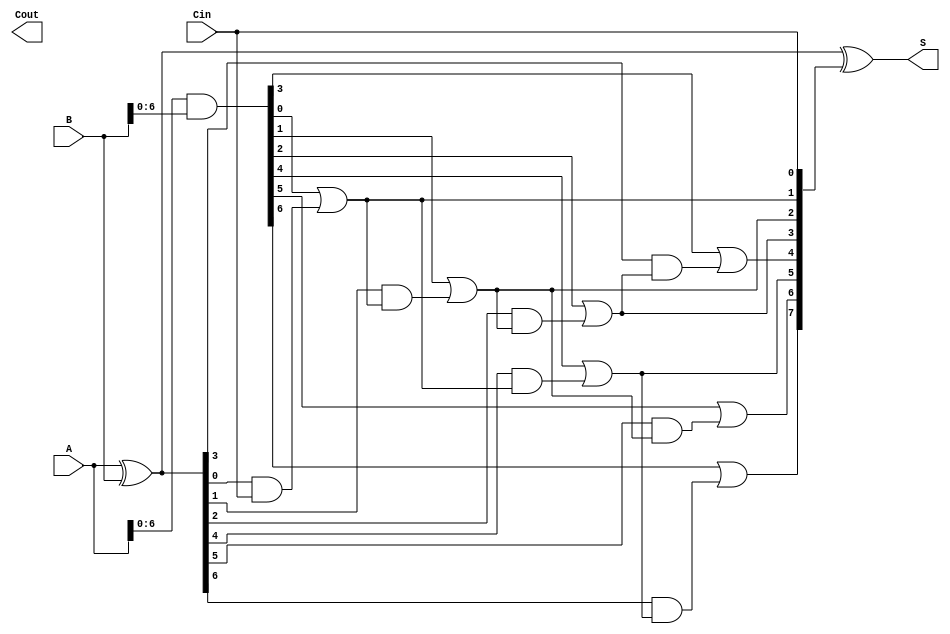
module BrentKungAdder #(parameter N = 8) (
    input  [N-1:0] A,      // First n-bit input
    input  [N-1:0] B,      // Second n-bit input
    input        Cin,       // Carry-in
    output [N-1:0] S,      // n-bit sum output
    output       Cout       // Carry-out
);
    wire [N-1:0] G; // Generate signals
    wire [N-1:0] P; // Propagate signals
    wire [N:0] C;    // Carry signals

    // Generate and Propagate
    assign G = A & B; // Generate
    assign P = A ^ B; // Propagate

    // Carry computation using Brent-Kung structure
    assign C[0] = Cin;

    genvar i;
    generate
        // Stage 1
        for (i = 0; i < N/2; i = i + 1) begin
            assign C[i + 1] = G[i] | (P[i] & C[i]);
        end

        // Stage 2
        for (i = 0; i < N/4; i = i + 1) begin
            assign C[i + 1 + N/2] = G[i + N/2] | (P[i + N/2] & C[i + 1]);
        end

        // Stage 3
        for (i = 0; i < N/8; i = i + 1) begin
            assign C[i + 1 + 3*N/4] = G[i + 3*N/4] | (P[i + 3*N/4] & C[i + 1 + N/2]);
        end

        // Continue for more stages if necessary depending on N
    endgenerate

    // Final carry-out
    assign Cout = C[N];

    // Sum calculation
    assign S = P ^ {C[N-1:0]}; // S[i] = P[i] ^ C[i]

endmodule